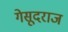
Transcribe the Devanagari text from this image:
गेसूदराज